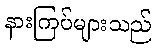
နားကြပ်များသည်